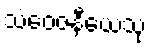
သံဝေဇနီယေသု